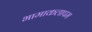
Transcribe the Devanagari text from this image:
भामाकलापम